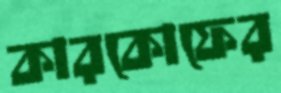
কারকোফের